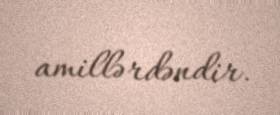
amillərdəndir.